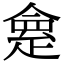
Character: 𠍺